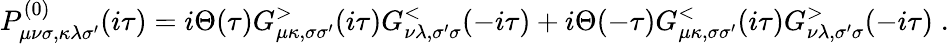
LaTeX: P_{\mu\nu\sigma,\kappa\lambda\sigma^{\prime}}^{(0)}(i\tau)=i\Theta(\tau)G_{\mu\kappa,\sigma\sigma^{\prime}}^{>}(i\tau)G_{\nu\lambda,\sigma^{\prime}\sigma}^{<}(-i\tau)+i\Theta(-\tau)G_{\mu\kappa,\sigma\sigma^{\prime}}^{<}(i\tau)G_{\nu\lambda,\sigma^{\prime}\sigma}^{>}(-i\tau)\; .